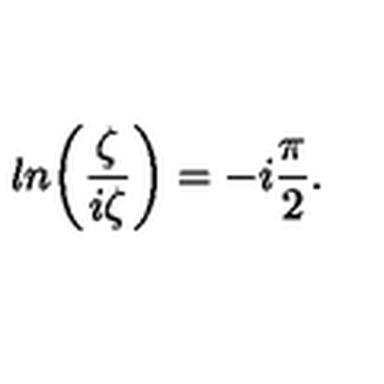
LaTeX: l n \biggl ( { \frac { \zeta } { i \zeta } } \biggr ) = - i { \frac { \pi } { 2 } } .